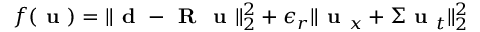
f ( \textbf { u } ) = \| \textbf { d } - \textbf { R } \textbf { u } \| _ { 2 } ^ { 2 } + \epsilon _ { r } \| \textbf { u } _ { x } + \boldsymbol \Sigma \textbf { u } _ { t } \| _ { 2 } ^ { 2 }